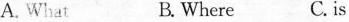
A. What B. Where C.is